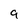
Character: 9